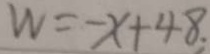
W = - x + 4 8 .